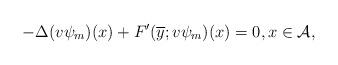
LaTeX: \begin{align*}-\Delta(v\psi_{m})(x) + F'(\overline{y};v\psi_{m})(x)=0, x\in \mathcal{A}, \end{align*}